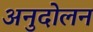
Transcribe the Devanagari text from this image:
अनुदोलन